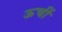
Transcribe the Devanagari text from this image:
ऊचीं